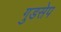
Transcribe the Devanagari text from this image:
गुडसेप